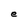
Character: e